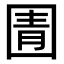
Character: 圊